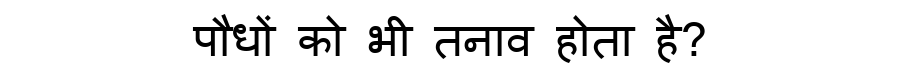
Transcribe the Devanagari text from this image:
पौधों को भी तनाव होता है?